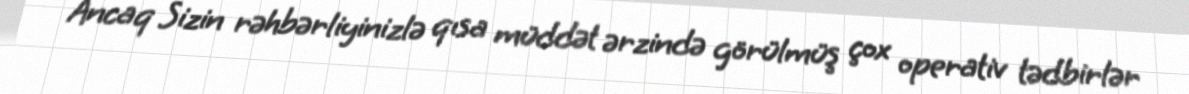
Ancaq Sizin rəhbərliyinizlə qısa müddət ərzində görülmüş çox operativ tədbirlər